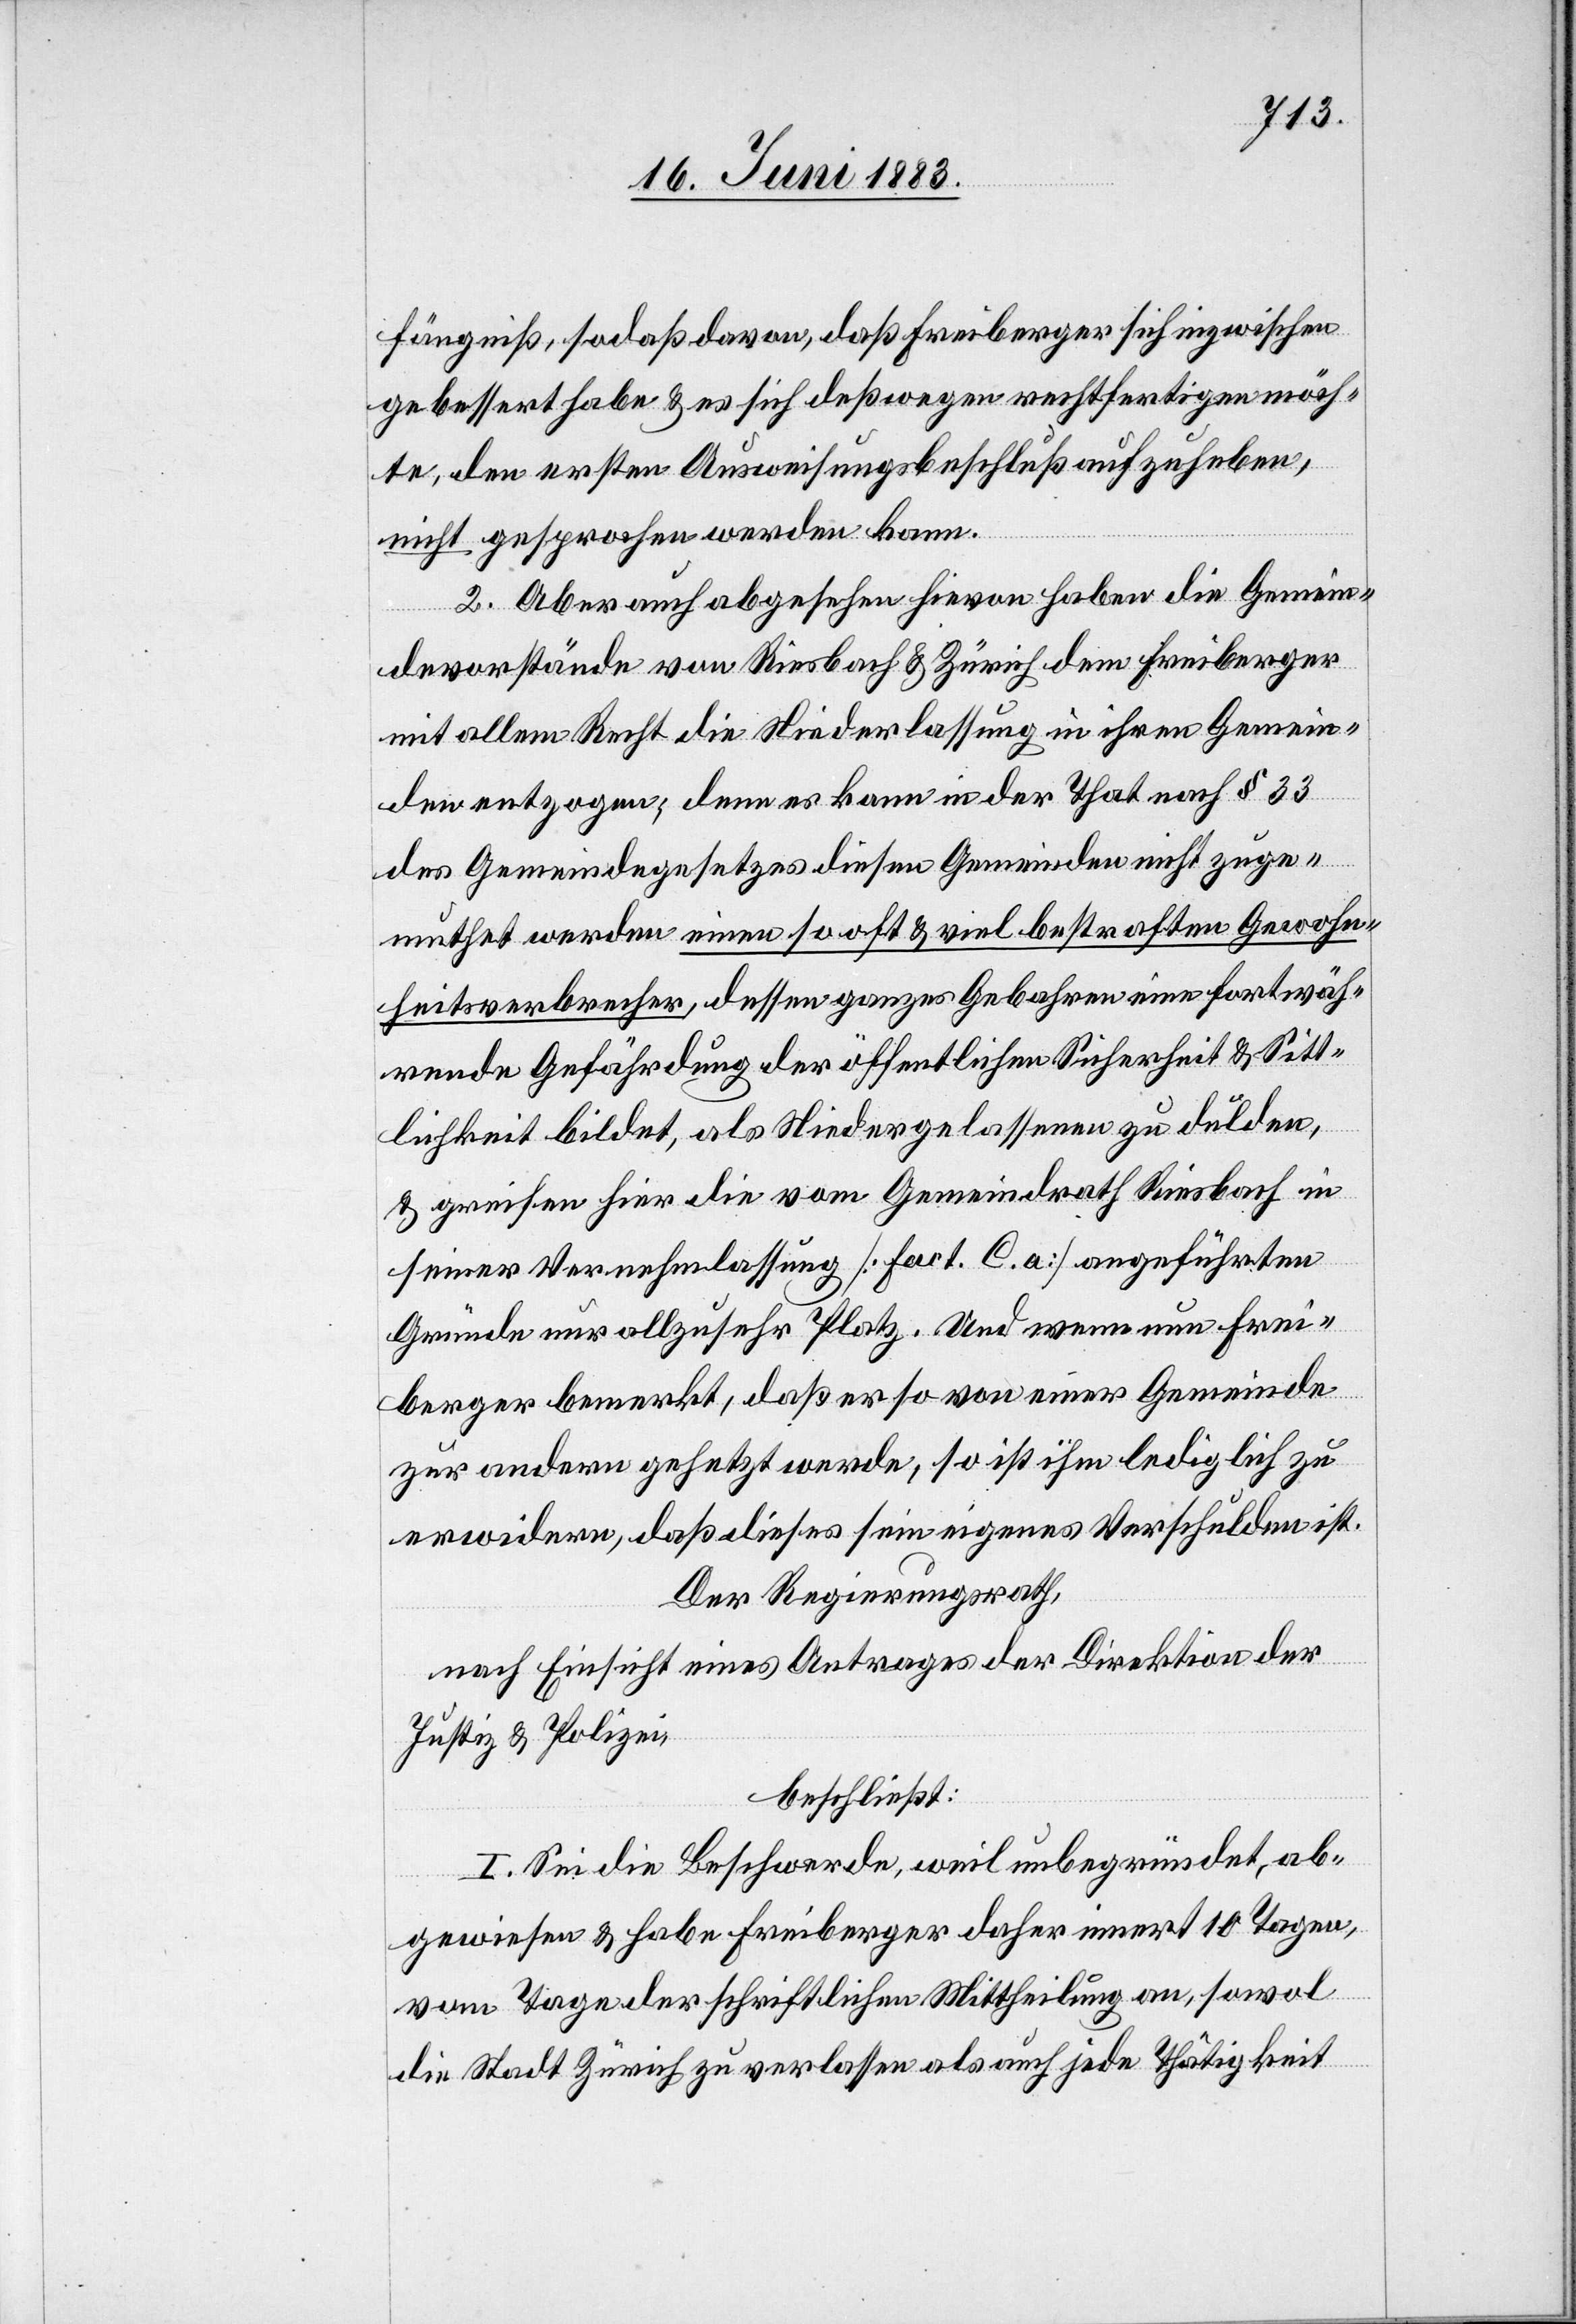
fängniß, sodaß davon, daß Freiberger sich inzwischen
gebessert habe & es sich deßwegen rechtfertigen möch¬
te, den ersten Ausweisungsbeschluß aufzuheben,
nicht gesprochen werden kann.
2. Aber auch abgesehen hievon haben die Gemein¬
devorstände von Riesbach & Zürich dem Freiberger
mit allem Recht die Niederlassung in ihren Gemein¬
den entzogen; denn es kann in der That nach § 33
des Gemeindegesetzes diesen Gemeinden nicht zuge¬
muthet werden eine so oft & viel bestraften Gewohn¬
heitsverbrecher, dessen ganzes Gebahren eine fortwäh¬
rende Gefährdung der öffentlichen Sicherheit & Sitt¬
lichkeit bildet, als Niedergelassenen zu dulden,
& greifen hier die vom Gemeindrath Riesbach in
seiner Vernehmlassung [fact. C. a] angeführten
Gründe nur allzu sehr Platz. Und wenn nun Frei¬
berger bemerkt, daß er so von einer Gemeinde
zur andern gehetzt werde, so ist ihm lediglich zu
erwidern, daß dieses sein eigenes Verschulden ist.
Der Regierungsrath,
nach Einsicht eines Antrages der Direktion der
Justiz & Polizei,
beschließt:
I. Sei die Beschwerde, weil unbegründet, ab¬
gewiesen & habe Freiberger daher innert 10 Tagen,
vom Tage der schriftlichen Mittheilung an, sowol
die Stadt Zürich zu verlassen als auch jede Thätigkeit